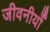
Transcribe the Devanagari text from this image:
जीवनीयोँ